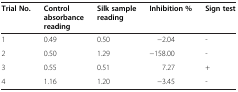
<table><thead><tr><td><b>Trial No.</b></td><td><b>Control absorbance reading</b></td><td><b>Silk sample reading</b></td><td><b>Inhibition %</b></td><td><b>Sign test</b></td></tr></thead><tbody><tr><td>1</td><td>0.49</td><td>0.50</td><td>−2.04</td><td>-</td></tr><tr><td>2</td><td>0.50</td><td>1.29</td><td>−158.00</td><td>-</td></tr><tr><td>3</td><td>0.55</td><td>0.51</td><td>7.27</td><td>+</td></tr><tr><td>4</td><td>1.16</td><td>1.20</td><td>−3.45</td><td>-</td></tr></tbody></table>